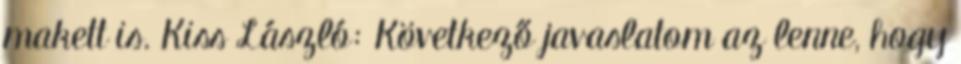
makett is. Kiss László: Következő javaslatom az lenne, hogy